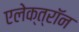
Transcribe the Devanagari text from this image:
एलेक्त्रॉन